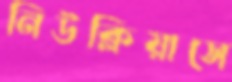
নিউক্লিয়াসে